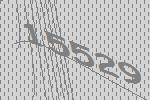
15529